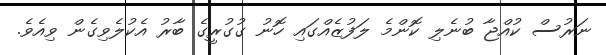
ނަރުސް ކުއްޖާ ބުނެލި ކޮންމެ ލަފުޒެއްގައި ހޮނު ގުގުރީގެ ބާރު އެކުލެވިގެން ވިއެވެ.